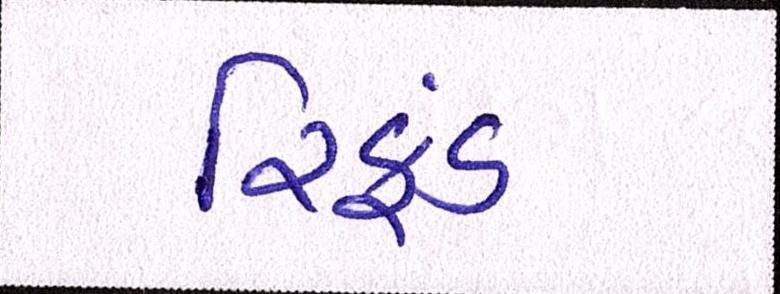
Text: રિફડં